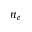
n _ { e }